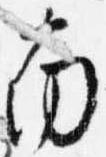
南